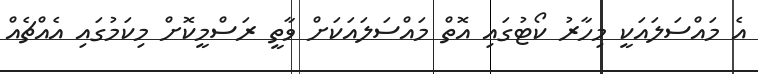
އެ މައްސަލައަކީ މިހާރު ކޯޓުގައި އޮތް މައްސަލައަކަށް ވާތީ ރަސްމީކޮށް މިކަމުގައި އެއްޗެއް